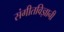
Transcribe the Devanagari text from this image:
संगीतविज्ञानी